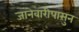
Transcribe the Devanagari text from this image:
जानेवारीपासुन